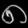
Digit: ၈